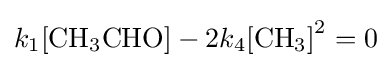
k_{1}{\ce {[CH3CHO]}}-2k_{4}{\ce {[CH3]}}^{2}=0